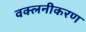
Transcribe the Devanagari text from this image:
वक्लनीकरण